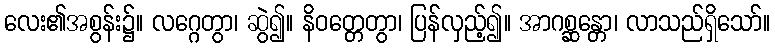
လေး၏အစွန်း၌။ လဂ္ဂေတွာ၊ ဆွဲ၍။ နိဝတ္တေတွာ၊ ပြန်လှည့်၍။ အာဂစ္ဆန္တော၊ လာသည်ရှိသော်။